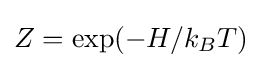
Z=\exp(-H/k_{B}T)